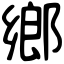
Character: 鄉